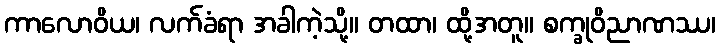
ကာလောဝိယ၊ လက်ခံရာ အခါကဲ့သို့။ တထာ၊ ထို့အတူ။ စက္ခုဝိညာဏဿ၊